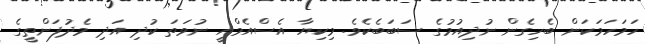
ހަމަހަމަކަން ބެހިގެން ނުދިއުމުގެ ސަބަބެކެވެ. މިކިޔާ އެސްއެމްއީ ނުވަތަ ކުދި އަދި މެދުފަންތީގެ